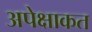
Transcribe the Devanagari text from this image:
अपेक्षाकत